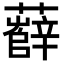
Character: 𧃎